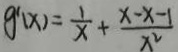
g ^ { \prime } ( x ) = \frac { 1 } { x } + \frac { x - x - 1 } { x ^ { 2 } }